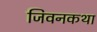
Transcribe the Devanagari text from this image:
जिवनकथा